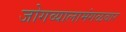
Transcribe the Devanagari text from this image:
जोगव्यालामंगळवार